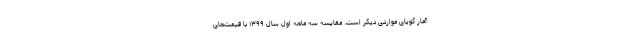
آمار گویای مواردی دیگر است. مقایسه سه ماهه اول سال ۱۳۹۹ با قیمت‌های